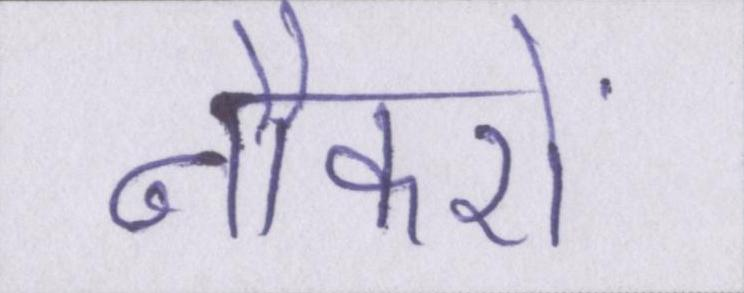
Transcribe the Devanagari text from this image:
नौकरों